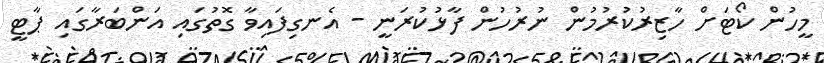
މީހުން ކޯޓަށް ހާޒިރުކުރުމުން ނުރުހުން ފާޅުކުރަނީ - އެނގިފައިވާ ގޮތުގައި އަންބަރާގައި ޕާޓީ